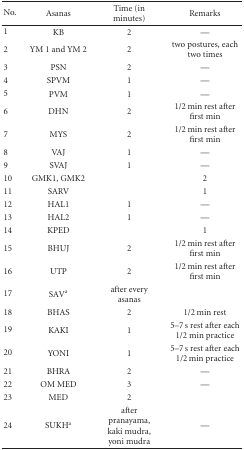
<table><thead><tr><td><b>No.</b></td><td><b>Asanas</b></td><td><b>Time (in minutes)</b></td><td><b>Remarks</b></td></tr></thead><tbody><tr><td>1</td><td>KB</td><td>2</td><td>—</td></tr><tr><td>2</td><td>YM 1 and YM 2</td><td>2</td><td>two postures, each two times</td></tr><tr><td>3</td><td>PSN</td><td>2</td><td>—</td></tr><tr><td>4</td><td>SPVM</td><td>1</td><td>—</td></tr><tr><td>5</td><td>PVM</td><td>1</td><td>—</td></tr><tr><td>6</td><td>DHN</td><td>2</td><td>1/2 min rest after first min</td></tr><tr><td>7</td><td>MYS</td><td>2</td><td>1/2 min rest after first min</td></tr><tr><td>8</td><td>VAJ</td><td>1</td><td>—</td></tr><tr><td>9</td><td>SVAJ</td><td>1</td><td>—</td></tr><tr><td>10</td><td>GMK1, GMK2</td><td></td><td>2</td></tr><tr><td>11</td><td>SARV</td><td></td><td>1</td></tr><tr><td>12</td><td>HAL1</td><td>1</td><td>—</td></tr><tr><td>13</td><td>HAL2</td><td>1</td><td>—</td></tr><tr><td>14</td><td>KPED</td><td></td><td>1</td></tr><tr><td>15</td><td>BHUJ</td><td>2</td><td>1/2 min rest after first min</td></tr><tr><td>16</td><td>UTP</td><td>2</td><td>1/2 min rest after first min</td></tr><tr><td>17</td><td>SAV<sup>a</sup></td><td>after every asanas</td><td></td></tr><tr><td>18</td><td>BHAS</td><td>2</td><td>1/2 min rest</td></tr><tr><td>19</td><td>KAKI</td><td>1</td><td>5–7 s rest after each 1/2 min practice</td></tr><tr><td>20</td><td>YONI</td><td>1</td><td>5–7 s rest after each 1/2 min practice</td></tr><tr><td>21</td><td>BHRA</td><td>2</td><td>—</td></tr><tr><td>22</td><td>OM MED</td><td>3</td><td>—</td></tr><tr><td>23</td><td>MED</td><td>2</td><td></td></tr><tr><td>24</td><td>SUKH<sup>a</sup></td><td>after pranayama, kaki mudra, yoni mudra</td><td>—</td></tr></tbody></table>